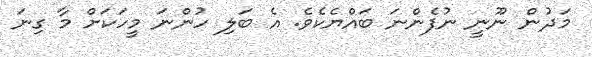
މަދުން ނޫނީ ނުފެންނަ ބައްޔެކެވެ. އެ ބަލި ހުންނަ މީހަކަށް މާ ގިނަ